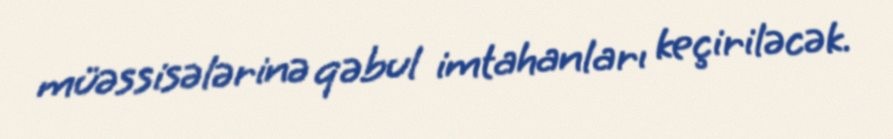
müəssisələrinə qəbul imtahanları keçiriləcək.